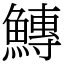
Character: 鱄